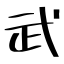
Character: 武